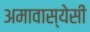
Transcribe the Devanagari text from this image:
अमावास्येसी